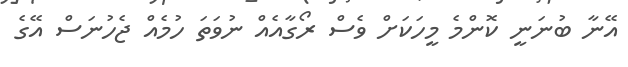
އޭނާ ބުނަނީ ކޮންމެ މީހަކަށް ވެސް ރޯގާއެއް ނުވަތަ ހުމެއް ޖެހުނަސް އޭގެ